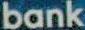
bank